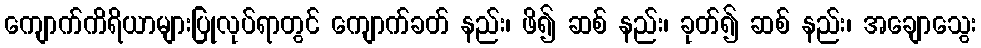
ကျောက်ကိရိယာများပြုလုပ်ရာတွင် ကျောက်ခတ် နည်း၊ ဖိ၍ ဆစ် နည်း၊ ခုတ်၍ ဆစ် နည်း၊ အချောသွေး